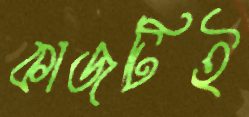
কাজটিই